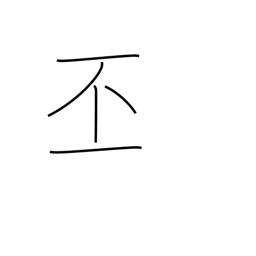
Meaning: grand